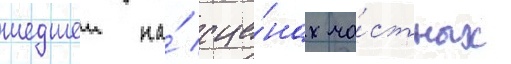
шедшеи на́ сце́нах ча́стных